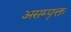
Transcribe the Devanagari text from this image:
असम्पृक्त